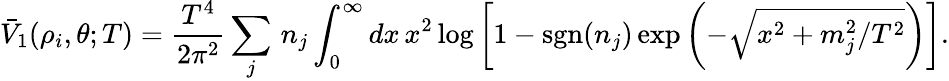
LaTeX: {\bar{V}}_{1}(\rho_{i},\theta;T)={\frac{T^{4}}{2\pi^{2}}}\sum_{j}\, n_{j}\int_{0}^{\infty}dx\, x^{2}\log\left[1-\mathrm{sgn}(n_{j})\exp\left(-\sqrt{x^{2}+m_{j}^{2}/T^{2}}\right)\right].